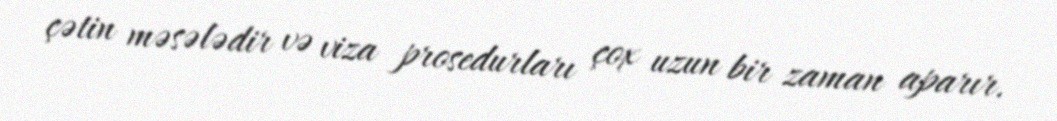
çətin məsələdir və viza prosedurları çox uzun bir zaman aparır.